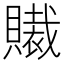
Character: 𧸄